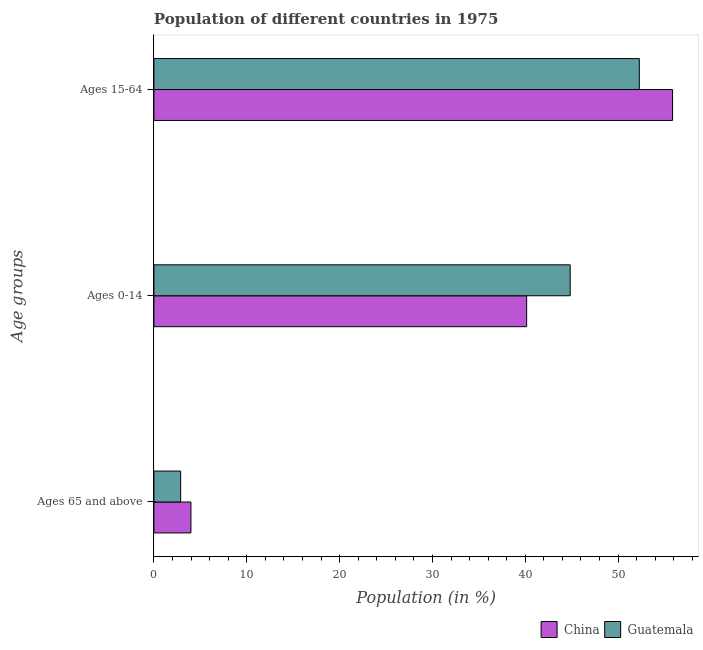
| Age groups | China | Guatemala |
 | --- | --- | --- |
 | Ages 65 and above | 3.99 | 2.88 |
 | Ages 0-14 | 40.1 | 44.8 |
 | Ages 15-64 | 55.9 | 52.3 |